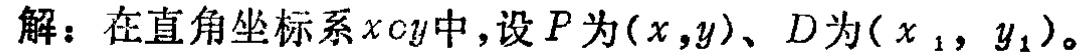
解：在直角坐标系\(xOy\)中，设\(P\)为\((x,y)\)、\(D\)为\((x_1,y_1)\)。